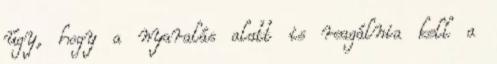
úgy, hogy a nyaralás alatt is reagálnia kell a